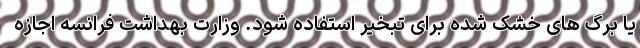
یا برگ های خشک شده برای تبخیر استفاده شود. وزارت بهداشت فرانسه اجازه